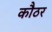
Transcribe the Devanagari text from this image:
कौठर